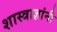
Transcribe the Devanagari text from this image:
शास्त्राज्ञांनी